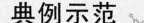
典例示范